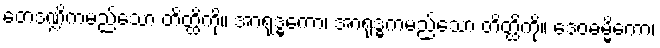
တေဒဏ္ဍိကမည်သော တိတ္ထိကို။ အာရုဒ္ဓကော၊ အာရုဒ္ဓကမည်သော တိတ္ထိကို။ ဒေဝဓမ္မိကော၊